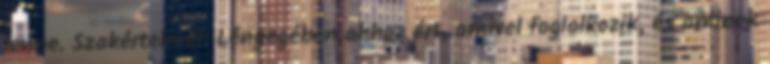
lenne. Szakértelmei: Lényegében ahhoz ért, amivel foglalkozik, és aminek